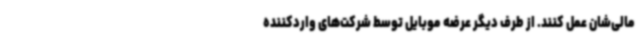
مالی‌شان عمل کنند. از طرف دیگر عرضه موبایل توسط شرکت‌های واردکننده